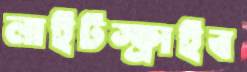
লাইটস্ক্রাইব